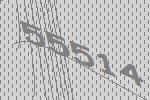
55514